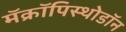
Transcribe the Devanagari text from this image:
मॅक्रॉपिस्थोडॉन